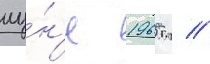
иу́н'е 1965 г //